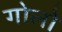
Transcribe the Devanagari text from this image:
गोलो